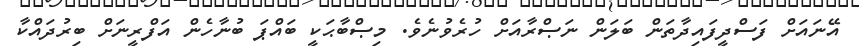
އޭނައަށް ފަސްދީފައިދާތަން ބަލަން ނަޞްރާއަށް ހުރެވުނެވެ. މިޞްބާޙަކީ ބައްޕަ ބުނާހެން އަފްރީނަށް ބިރުދައްކާ